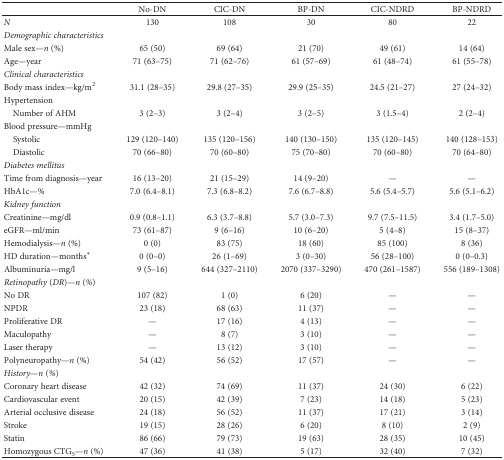
<table><thead><tr><td></td><td><b>No-DN</b></td><td><b>CIC-DN</b></td><td><b>BP-DN</b></td><td><b>CIC-NDRD</b></td><td><b>BP-NDRD</b></td></tr></thead><tbody><tr><td><i>N</i></td><td>130</td><td>108</td><td>30</td><td>80</td><td>22</td></tr><tr><td colspan="6"><i>Demographic characteristics</i></td></tr><tr><td>Male sex—<i>n</i> (%)</td><td>65 (50)</td><td>69 (64)</td><td>21 (70)</td><td>49 (61)</td><td>14 (64)</td></tr><tr><td>Age—year</td><td>71 (63–75)</td><td>71 (62–76)</td><td>61 (57–69)</td><td>61 (48–74)</td><td>61 (55–78)</td></tr><tr><td colspan="6"><i>Clinical characteristics</i></td></tr><tr><td>Body mass index—kg/m<sup>2</sup></td><td>31.1 (28–35)</td><td>29.8 (27–35)</td><td>29.9 (25–35)</td><td>24.5 (21–27)</td><td>27 (24–32)</td></tr><tr><td colspan="6">Hypertension</td></tr><tr><td> Number of AHM</td><td>3 (2–3)</td><td>3 (2–4)</td><td>3 (2–5)</td><td>3 (1.5–4)</td><td>2 (2–4)</td></tr><tr><td colspan="6">Blood pressure—mmHg</td></tr><tr><td> Systolic</td><td>129 (120–140)</td><td>135 (120–156)</td><td>140 (130–150)</td><td>135 (120–145)</td><td>140 (128–153)</td></tr><tr><td> Diastolic</td><td>70 (66–80)</td><td>70 (60–80)</td><td>75 (70–80)</td><td>70 (60–80)</td><td>70 (64–80)</td></tr><tr><td colspan="6"><i>Diabetes mellitus</i></td></tr><tr><td>Time from diagnosis—year</td><td>16 (13–20)</td><td>21 (15–29)</td><td>14 (9–20)</td><td>—</td><td>—</td></tr><tr><td>HbA1c—%</td><td>7.0 (6.4–8.1)</td><td>7.3 (6.8–8.2)</td><td>7.6 (6.7–8.8)</td><td>5.6 (5.4–5.7)</td><td>5.6 (5.1–6.2)</td></tr><tr><td colspan="6"><i>Kidney function</i></td></tr><tr><td>Creatinine—mg/dl</td><td>0.9 (0.8–1.1)</td><td>6.3 (3.7–8.8)</td><td>5.7 (3.0–7.3)</td><td>9.7 (7.5–11.5)</td><td>3.4 (1.7–5.0)</td></tr><tr><td>eGFR—ml/min</td><td>73 (61–87)</td><td>9 (6–16)</td><td>10 (6–20)</td><td>5 (4–8)</td><td>15 (8–37)</td></tr><tr><td>Hemodialysis—<i>n</i> (%)</td><td>0 (0)</td><td>83 (75)</td><td>18 (60)</td><td>85 (100)</td><td>8 (36)</td></tr><tr><td>HD duration—months<sup>∗</sup></td><td>0 (0–0)</td><td>26 (1–69)</td><td>3 (0–30)</td><td>56 (28–100)</td><td>0 (0–0.3)</td></tr><tr><td>Albuminuria—mg/l</td><td>9 (5–16)</td><td>644 (327–2110)</td><td>2070 (337–3290)</td><td>470 (261–1587)</td><td>556 (189–1308)</td></tr><tr><td colspan="6"><i>Retinopathy</i> (<i>DR</i>)<i>—n</i> (<i>%</i>)</td></tr><tr><td>No DR</td><td>107 (82)</td><td>1 (0)</td><td>6 (20)</td><td>—</td><td>—</td></tr><tr><td>NPDR</td><td>23 (18)</td><td>68 (63)</td><td>11 (37)</td><td>—</td><td>—</td></tr><tr><td>Proliferative DR</td><td>—</td><td>17 (16)</td><td>4 (13)</td><td>—</td><td>—</td></tr><tr><td>Maculopathy</td><td>—</td><td>8 (7)</td><td>3 (10)</td><td>—</td><td>—</td></tr><tr><td>Laser therapy</td><td>—</td><td>13 (12)</td><td>3 (10)</td><td>—</td><td>—</td></tr><tr><td>Polyneuropathy—<i>n</i> (%)</td><td>54 (42)</td><td>56 (52)</td><td>17 (57)</td><td>—</td><td>—</td></tr><tr><td colspan="6"><i>History</i>—<i>n</i> (<i>%</i>)</td></tr><tr><td>Coronary heart disease</td><td>42 (32)</td><td>74 (69)</td><td>11 (37)</td><td>24 (30)</td><td>6 (22)</td></tr><tr><td>Cardiovascular event</td><td>20 (15)</td><td>42 (39)</td><td>7 (23)</td><td>14 (18)</td><td>5 (23)</td></tr><tr><td>Arterial occlusive disease</td><td>24 (18)</td><td>56 (52)</td><td>11 (37)</td><td>17 (21)</td><td>3 (14)</td></tr><tr><td>Stroke</td><td>19 (15)</td><td>28 (26)</td><td>6 (20)</td><td>8 (10)</td><td>2 (9)</td></tr><tr><td>Statin</td><td>86 (66)</td><td>79 (73)</td><td>19 (63)</td><td>28 (35)</td><td>10 (45)</td></tr><tr><td>Homozygous CTG<sub>5</sub>—<i>n</i> (%)</td><td>47 (36)</td><td>41 (38)</td><td>5 (17)</td><td>32 (40)</td><td>7 (32)</td></tr></tbody></table>